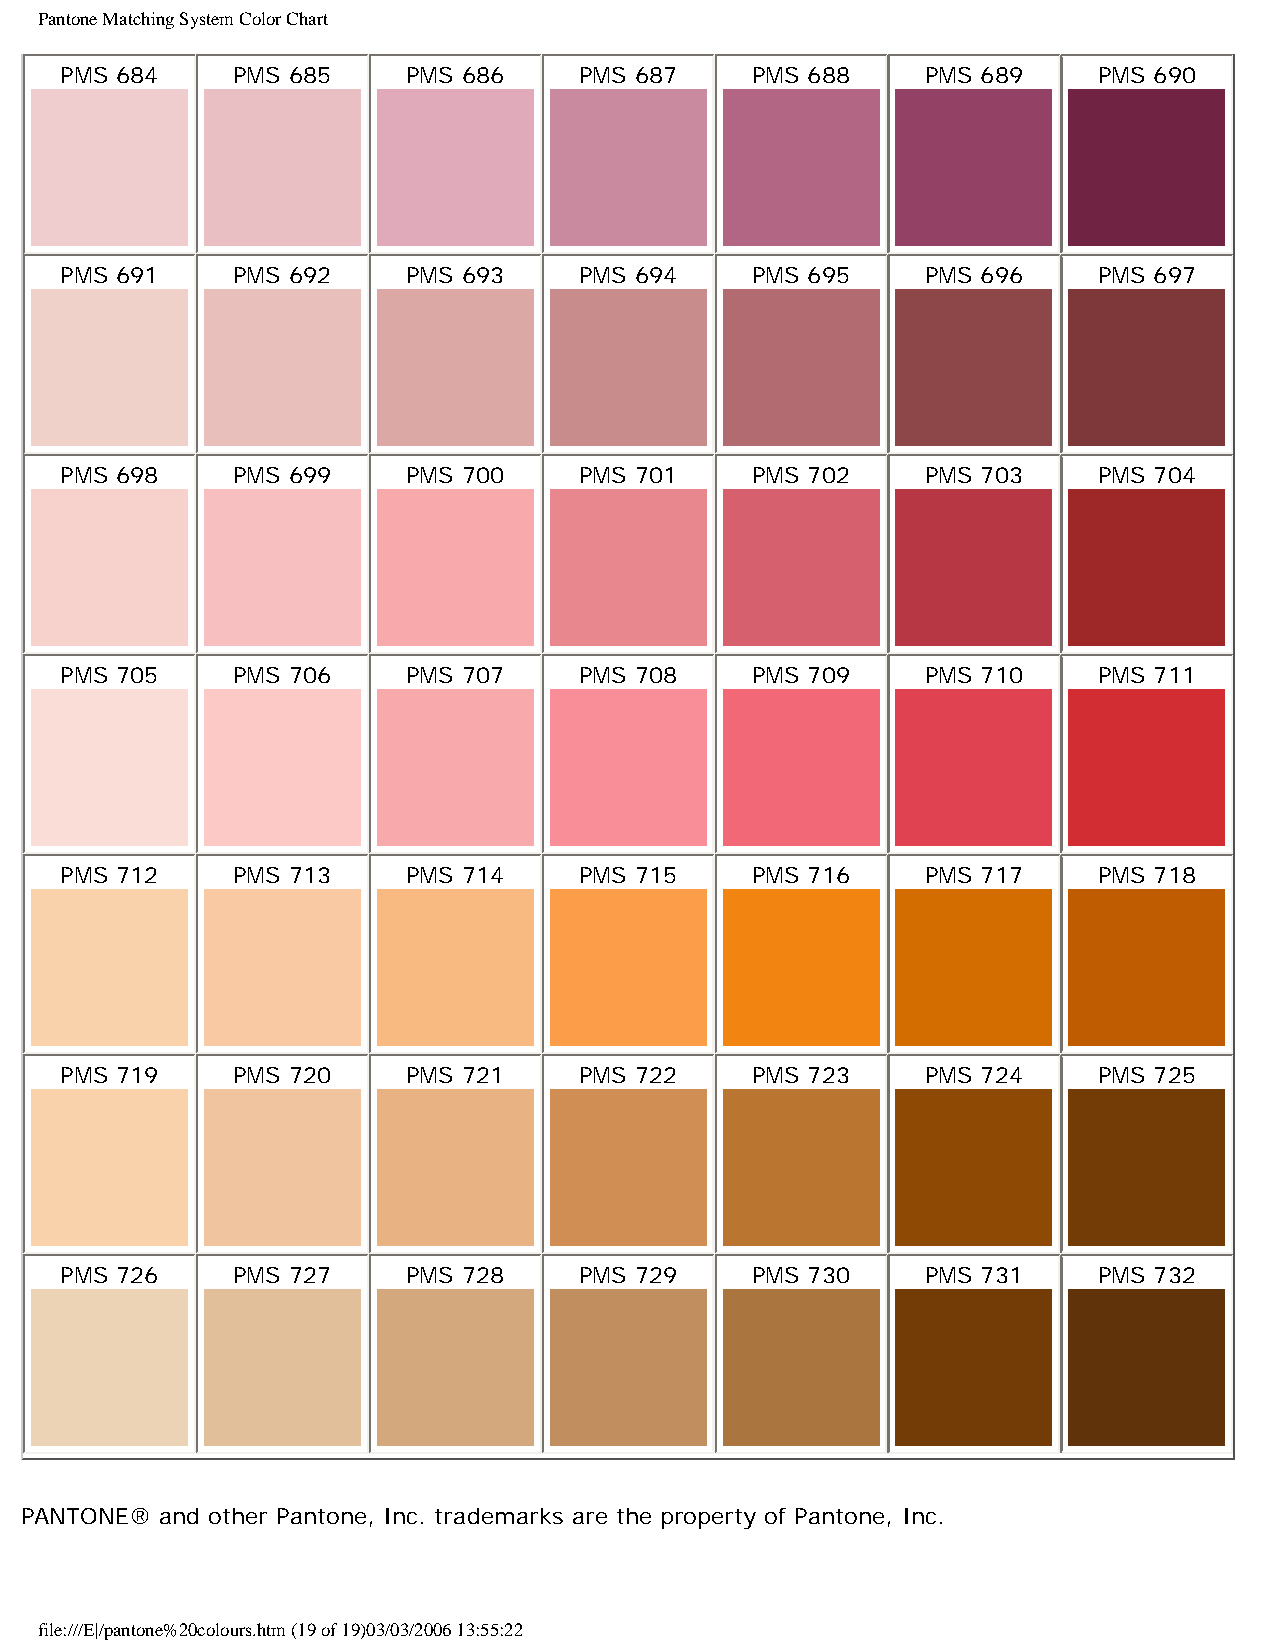
Pantone Matching System Color Chart
 PMS 684    PMS 685     PMS 686    PMS 687     PMS 688    PMS 689     PMS 690
 PMS 691    PMS 692     PMS 693    PMS 694     PMS 695    PMS 696     PMS 697
 PMS 698    PMS 699     PMS 700    PMS 701     PMS 702    PMS 703     PMS 704
 PMS 705    PMS 706     PMS 707    PMS 708     PMS 709    PMS 710     PMS 711
 PMS 712    PMS 713     PMS 714    PMS 715     PMS 716    PMS 717     PMS 718
 PMS 719    PMS 720     PMS 721    PMS 722     PMS 723    PMS 724     PMS 725
 PMS 726    PMS 727     PMS 728    PMS 729     PMS 730    PMS 731     PMS 732
 PANTONE®  and other Pantone, Inc. trademarks are the property of Pantone, Inc.
 file:///E|/pantone%20colours.htm (19 of 19)03/03/2006 13:55:22